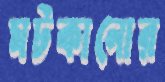
মটকানোর